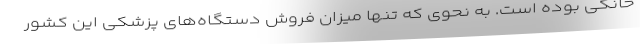
خانگی بوده است. به نحوی که تنها میزان فروش دستگاه‌های پزشکی این کشور